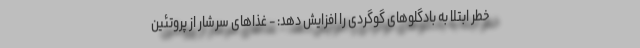
خطر ابتلا به بادگلوهای گوگردی را افزایش دهد: - غذاهای سرشار از پروتئین